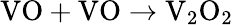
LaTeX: \mathrm{VO}+\mathrm{VO}\to\mathrm{V}_{2}\mathrm{O}_{2}